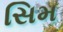
સિમ